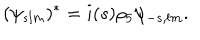
LaTeX: ( \psi _ { s l m } ) ^ { * } = i ( s ) \rho _ { 5 } \psi _ { - s , l m } .